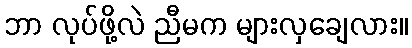
ဘာ လုပ်ဖို့လဲ ညီမက များလှချေလား။